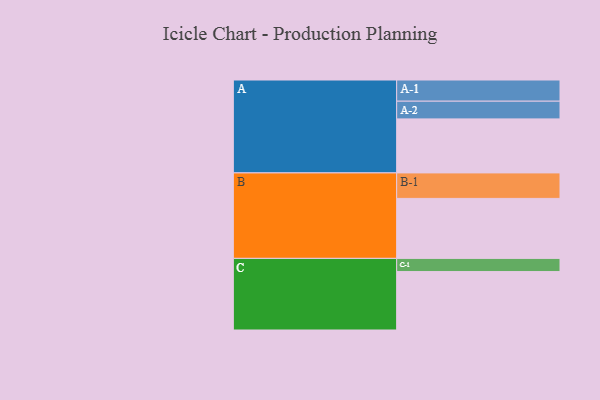
{"axis": {"x": "Segment", "y": "Value"}, "legend": ["", "A", "B", "C"], "data": [{"x": "A", "y": 515, "type": ""}, {"x": "B", "y": 572, "type": ""}, {"x": "C", "y": 557, "type": ""}, {"x": "A-1", "y": 202, "type": "A"}, {"x": "A-2", "y": 169, "type": "A"}, {"x": "B-1", "y": 243, "type": "B"}, {"x": "C-1", "y": 126, "type": "C"}]}